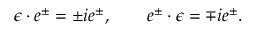
\epsilon \cdot e ^ { \pm } = \pm i e ^ { \pm } , \qquad e ^ { \pm } \cdot \epsilon = \mp i e ^ { \pm } .